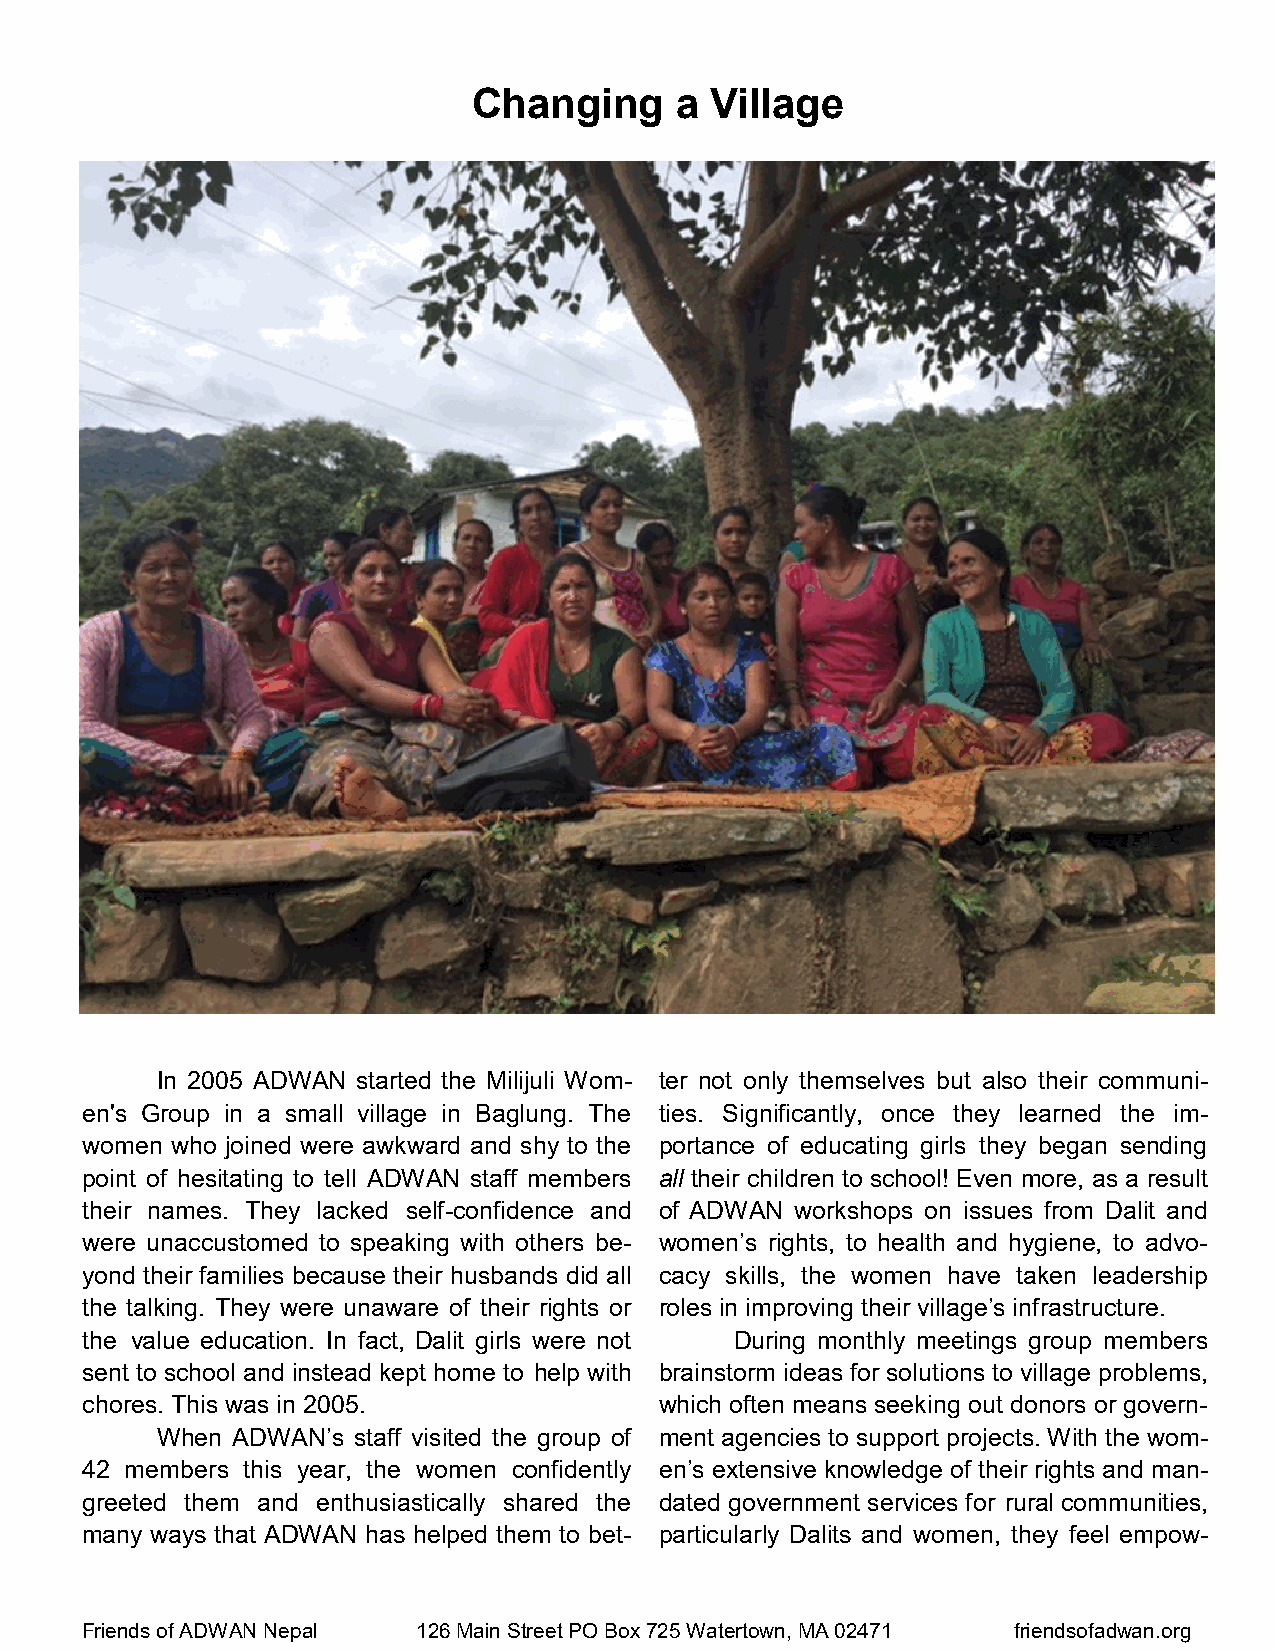
Changing      a Village
 In 2005 ADWAN started the Milijuli Wom- ter not only themselves but also their communi-
 en's Group in a small village in Baglung. The ties. Significantly, once they learned the im-
 women who joined were awkward and shy to the portance of educating girls they began sending
 point of hesitating to tell ADWAN staff members all their children to school! Even more, as a result
 their names. They lacked self-confidence and of ADWAN workshops on issues from Dalit and
 were unaccustomed to speaking with others be- women’s rights, to health and hygiene, to advo-
 yond their families because their husbands did all cacy skills, the women have taken leadership
 the talking. They were unaware of their rights or roles in improving their village’s infrastructure.
 the value education. In fact, Dalit girls were not During monthly meetings group members
 sent to school and instead kept home to help with brainstorm ideas for solutions to village problems,
 chores. This was in 2005.              which often means seeking out donors or govern-
 When ADWAN’s staff visited the group of ment agencies to support projects. With the wom-
 42 members this year, the women confidently en’s extensive knowledge of their rights and man-
 greeted them and enthusiastically shared the dated government services for rural communities,
 many ways that ADWAN has helped them to bet- particularly Dalits and women, they feel empow-
 Friends of ADWAN Nepal 126 Main Street PO Box 725 Watertown, MA 02471 friendsofadwan.org